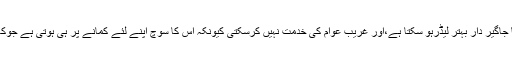
ہمارے یہاں یہ سوچ بھی پایا جاتا ہے کہ دولت مند یا جاگیر دار بہتر لیڈرہو سکتا ہے،اور غریب عوام کی خدمت نہیں کرسکتی کیونکہ اُس کا سوچ اپنے لئے کمانے پر ہی ہوتی ہے جوکہ جمہوریت اور آزادانہ سوچ کے بالکل برخلاف ہے؟